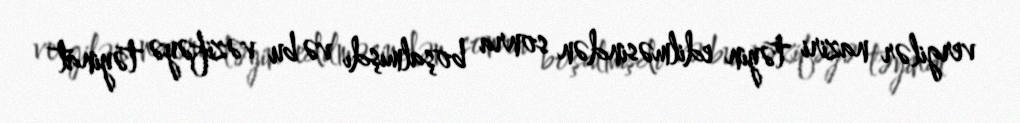
vergilər naziri təyin edilməsindən sonra boşalmışdı və bu vəzifəyə təyinat